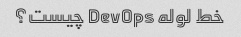
خط لوله DevOps چیست؟